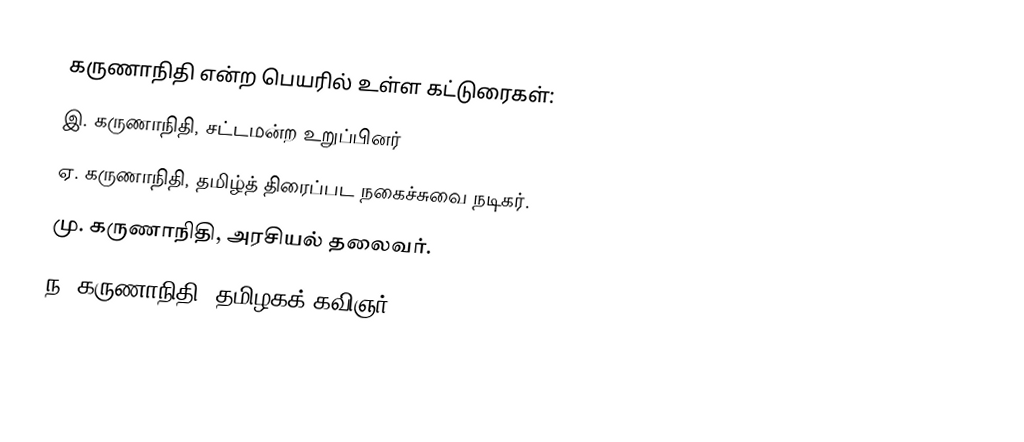
கருணாநிதி என்ற பெயரில் உள்ள கட்டுரைகள்:
 இ. கருணாநிதி, சட்டமன்ற உறுப்பினர்
 ஏ. கருணாநிதி, தமிழ்த் திரைப்பட நகைச்சுவை நடிகர்.
 மு. கருணாநிதி, அரசியல் தலைவர்.
 ந. கருணாநிதி, தமிழகக் கவிஞர்